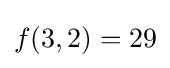
f(3,2)=29